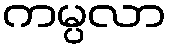
ကမ္ပလာ